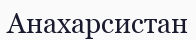
Анахарсистан